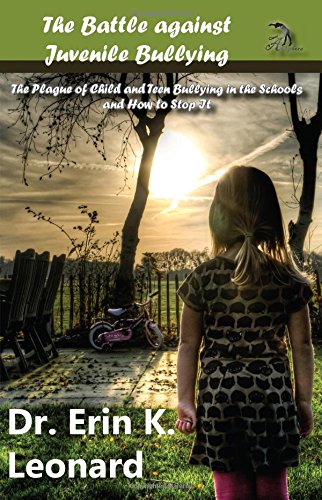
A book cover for The Battle against Juvenile Bullying: The Plague of Child and Teen Bullying in the Schools and How to Stop It; Erin K. Leonard; Children's Books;